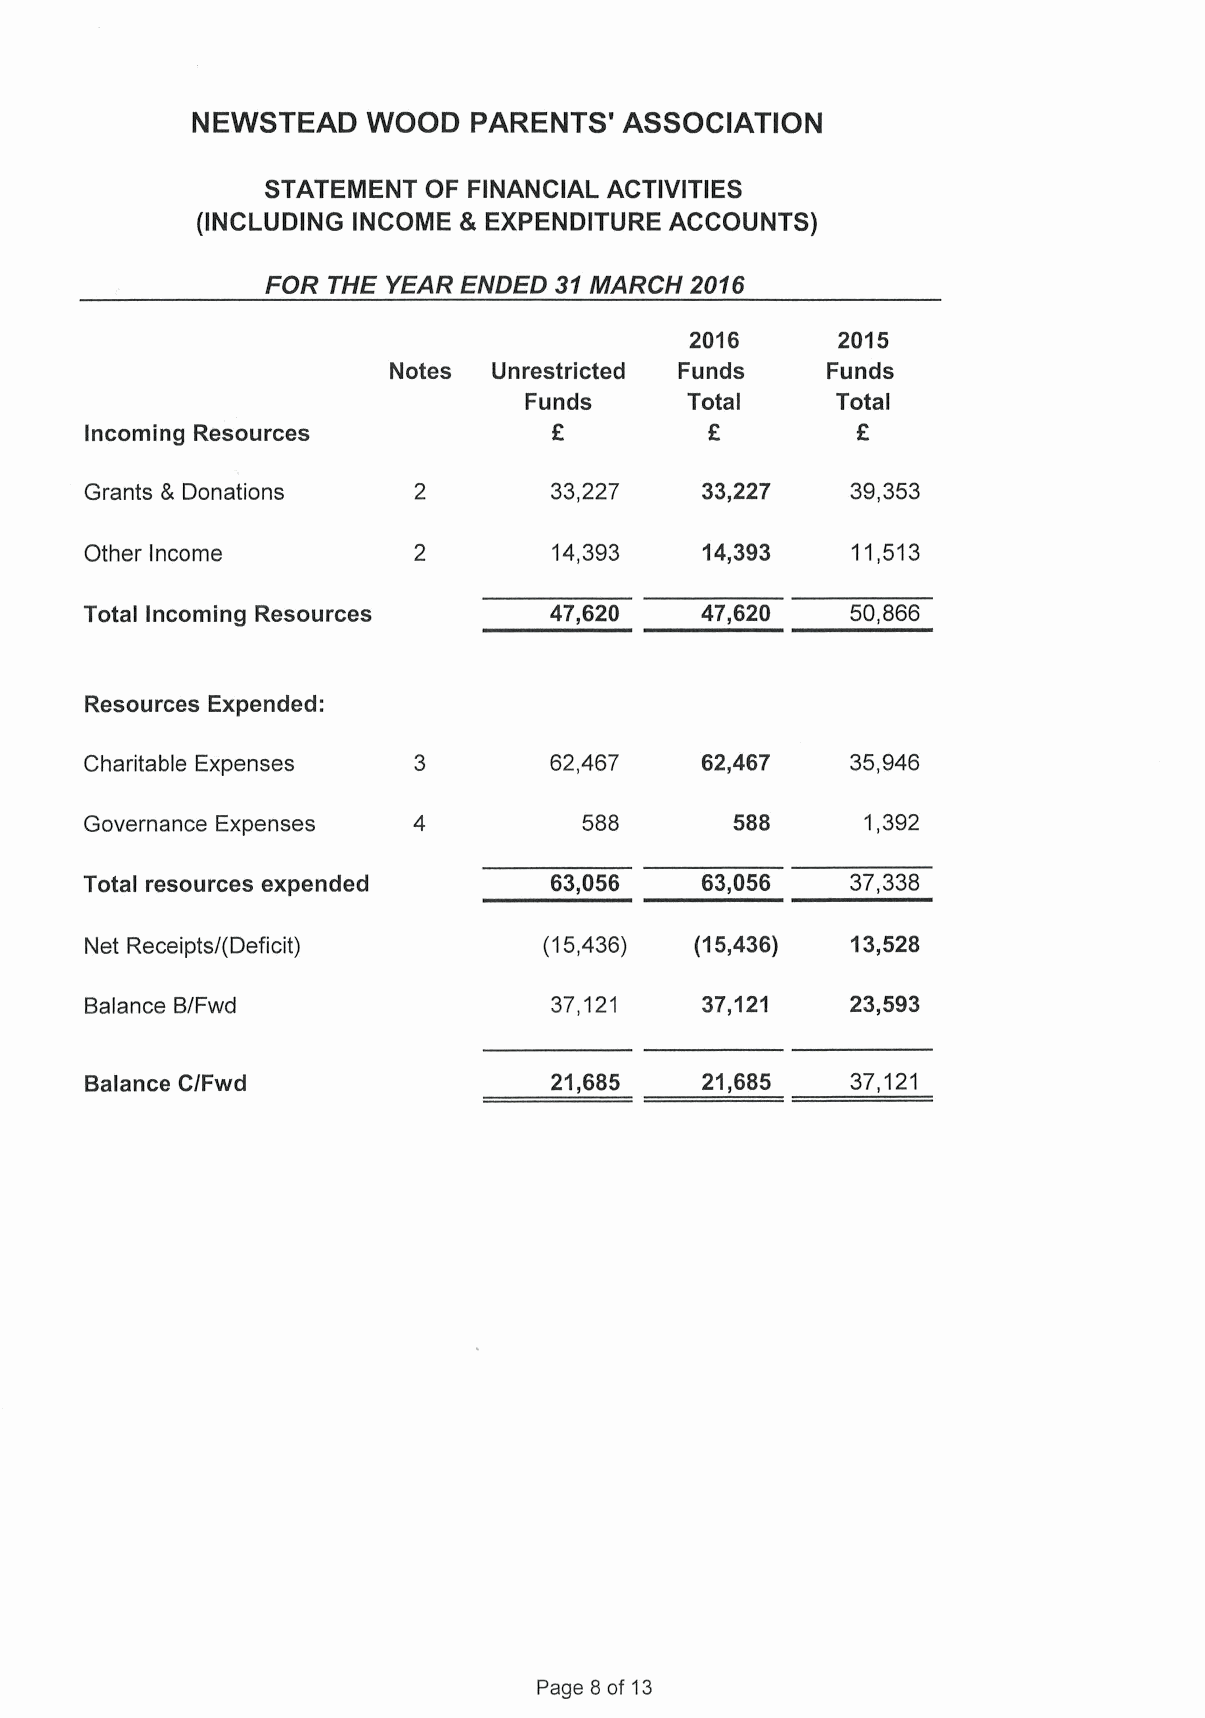
NEWSTEAD   WOOD   PARENTS'  ASSOCIATION
 STATEMENT OF FINANCIAL ACTIVITIES
 (INCLUDING INCOME 8 EXPENDITURE ACCOUNTS)
 FOR THE YEAR ENDED 31MARCH  2016
 2016     2015
 Notes  Unrestricted Funds    Funds
 Funds     Total     Total
 Incoming Resources
 Grants & Donations            33,227    33,227    39,353
 Other Income                   14,393    14,393   11,513
 Total Incoming Resources      47,620    47,620    50,866
 Resources Expended:
 Charitable Expenses           62,467    62,467    35,946
 Governance Expenses              588       588     1,392
 Total resources expended      63,056    63,056    37,338
 Net Receipts/(Deficit)        (15,436)  (15,436)  13,528
 Balance B/Fwd                 37,121    37,121    23,593
 Balance C/Fwd                 21,685    21,685    37,121
 Page 8 of 13